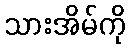
သားအိမ်ကို